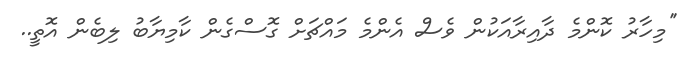
''މިހާރު ކޮންމެ ދާއިރާއަކުން ވެސް އެންމެ މައްޗަށް ގޮސްގެން ކާމިޔާބު ލިބެން އޮތީ..